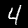
Label: 4